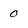
Character: 0